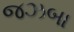
જઝબા